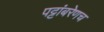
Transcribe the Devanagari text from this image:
पट्टांबरेणच